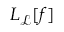
L _ { \mathcal { L } } [ f ]